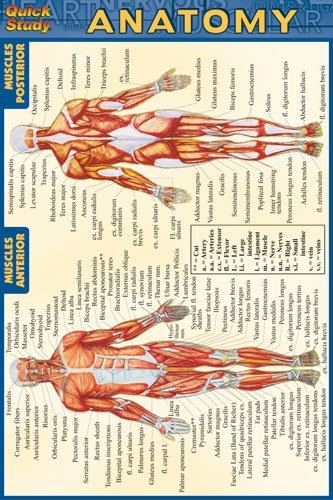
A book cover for Anatomy (Quickstudy); Inc. BarCharts; Medical Books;